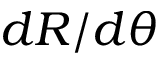
d R / d \theta